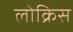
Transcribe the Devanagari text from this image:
लोक्रिस